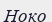
Ноко